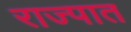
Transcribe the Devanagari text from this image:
राज्पात